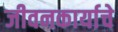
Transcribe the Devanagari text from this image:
जीवनकार्याचे